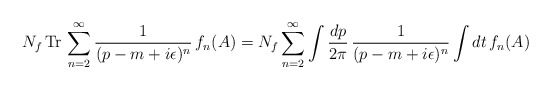
\begin{align*}N_f\,{\rm Tr}\,\sum_{n=2}^\infty\frac{1}{(p-m+i\epsilon)^n}\,f_n(A)=N_f\sum_{n=2}^\infty\int\frac{dp}{2\pi}\,\frac{1}{(p-m+i\epsilon)^n}\int dt\,f_n(A)\end{align*}